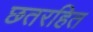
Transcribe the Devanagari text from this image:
छतरहित